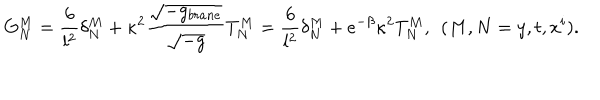
LaTeX: G _ { N } ^ { M } = \frac { 6 } { l ^ { 2 } } \delta _ { N } ^ { M } + \kappa ^ { 2 } \frac { \sqrt { - g _ { b r a n e } } } { \sqrt { - g } } T _ { N } ^ { M } = \frac { 6 } { l ^ { 2 } } \delta _ { N } ^ { M } + e ^ { - \beta } \kappa ^ { 2 } T _ { N } ^ { M } , \: \: ( M , N = y , t , x ^ { i } ) .